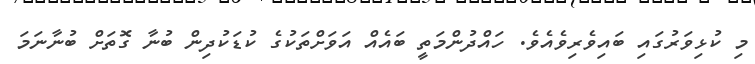
މި ކުޅިވަރުގައި ބައިވެރިވެއެވެ. ހައްދުންމަތީ ބައެއް އަވަށްތަކުގެ ކުޑަކުދިން ބުނާ ގޮތަށް ބުނާނަމަ